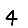
Digit: 4